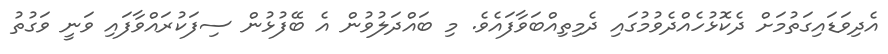
އެދިވަޑައިގަތުމަށް ދެކޮޅުހެއްްދެވުމުގައި ދެމިތިއްބަވާފައެވެ. މި ބައްދަލުވުން އެ ބޭފުޅުން ސިފަކުރައްވާފައި ވަނީ ވަގުތު